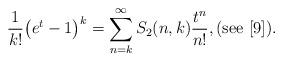
LaTeX: \begin{align*}\frac{1}{k!}\big(e^t-1\big)^k = \sum_{n=k}^\infty S_2(n,k) \frac{t^n}{n!},(\textnormal{see} \,\, [9]).\end{align*}